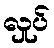
လှုပ်